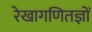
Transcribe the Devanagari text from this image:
रेखागणितज्ञों